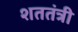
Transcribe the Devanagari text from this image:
शततंत्री